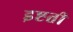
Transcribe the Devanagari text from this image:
इष्टती